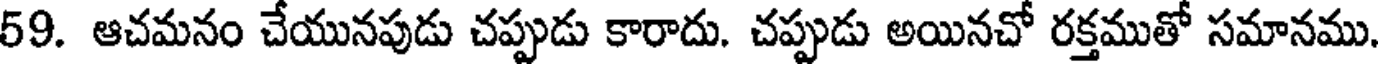
59. ఆచమనం చేయునపుడు చప్పుడు కారాదు. చప్పుడు అయినచో రక్తముతో సమానము.